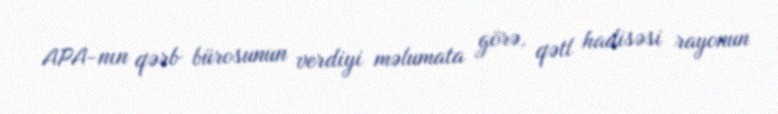
APA-nın qərb bürosunun verdiyi məlumata görə, qətl hadisəsi rayonun